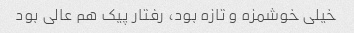
خیلی خوشمزه و تازه بود، رفتار پیک هم عالی بود